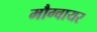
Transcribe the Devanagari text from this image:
मौग्वायर